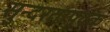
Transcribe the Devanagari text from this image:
सुन्दरतापूर्वक